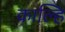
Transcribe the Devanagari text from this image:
काल्हि